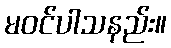
မဝင်ပါသနည်း။